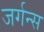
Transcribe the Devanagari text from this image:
जर्गन्स